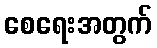
စေရေးအတွက်